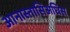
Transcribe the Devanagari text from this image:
आनास्तासिअधिस